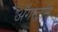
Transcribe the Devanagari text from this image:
ॲगस्ट्रॉम